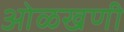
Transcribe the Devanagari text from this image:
ओळखणी